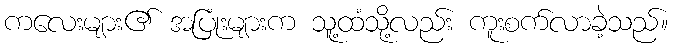
ကလေးများ၏ အပြုံးများက သူ့ထံသို့လည်း ကူးစက်လာခဲ့သည်။